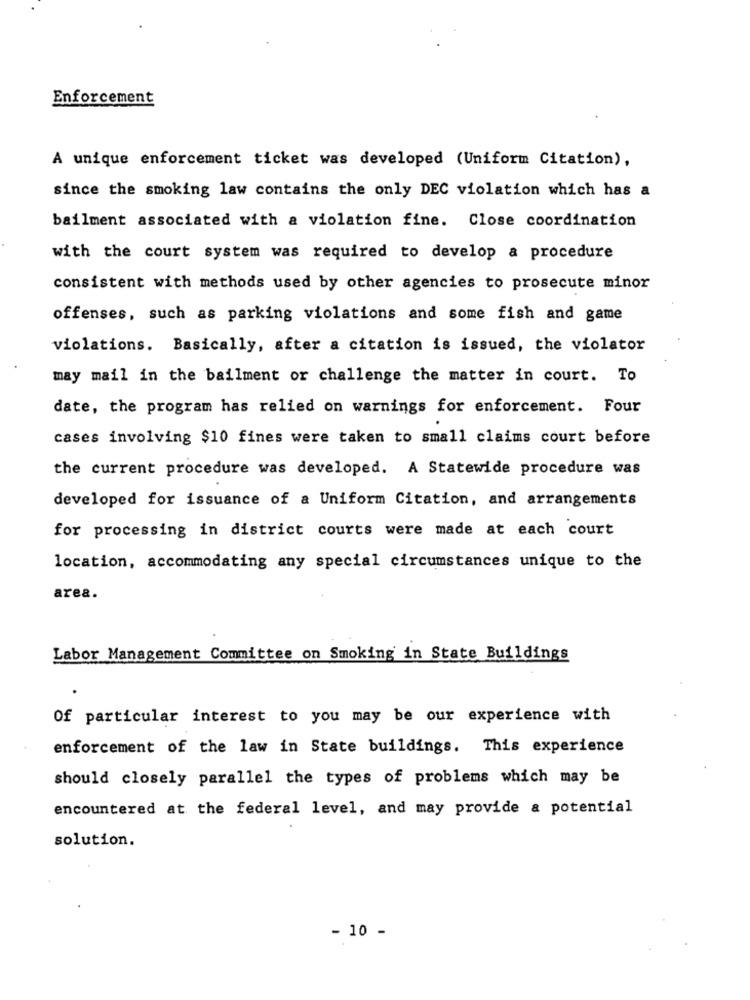
Enforcement
A unique enforcement ticket was developed (Uniform Citation),
since the smoking law contains the only DEC violation which has a
bailment associated with a violation fine. Close coordination
with the court system was required to develop a procedure
consistent with methods used by other agencies to prosecute minor
offenses, such as parking violations and some fish and game
violations. Basically, after a citation is issued, the violator
may mail in the bailment or challenge the matter in court. To
date, the program has relied on warnings for enforcement. Four
cases involving $10 fines were taken to small claims court before
the current procedure was developed. A Statewide procedure was
developed for issuance of a Uniform Citation, and arrangements
for processing in district courts were made at each court
location, accommodating any special circumstances unique to the
area.
Labor Management Committee on Smoking in State Buildings
Of particular interest to you may be our experience with
enforcement of the law in State buildings. This experience
should closely parallel the types of problems which may be
encountered at the federal level, and may provide a potential
solution.
- 10 -